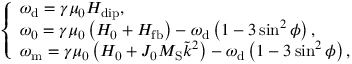
\left\{ \begin{array} { l } { \omega _ { \mathrm { d } } = \gamma \mu _ { \mathrm { 0 } } H _ { \mathrm { d i p } } , } \\ { \omega _ { \mathrm { 0 } } = \gamma \mu _ { \mathrm { 0 } } \left( H _ { \mathrm { 0 } } + H _ { \mathrm { f b } } \right) - \omega _ { \mathrm { d } } \left( 1 - 3 \sin ^ { 2 } { \phi } \right) , } \\ { \omega _ { \mathrm { m } } = \gamma \mu _ { \mathrm { 0 } } \left( H _ { \mathrm { 0 } } + J _ { \mathrm { 0 } } M _ { \mathrm { S } } \tilde { k } ^ { 2 } \right) - \omega _ { \mathrm { d } } \left( 1 - 3 \sin ^ { 2 } { \phi } \right) , } \end{array} \right.